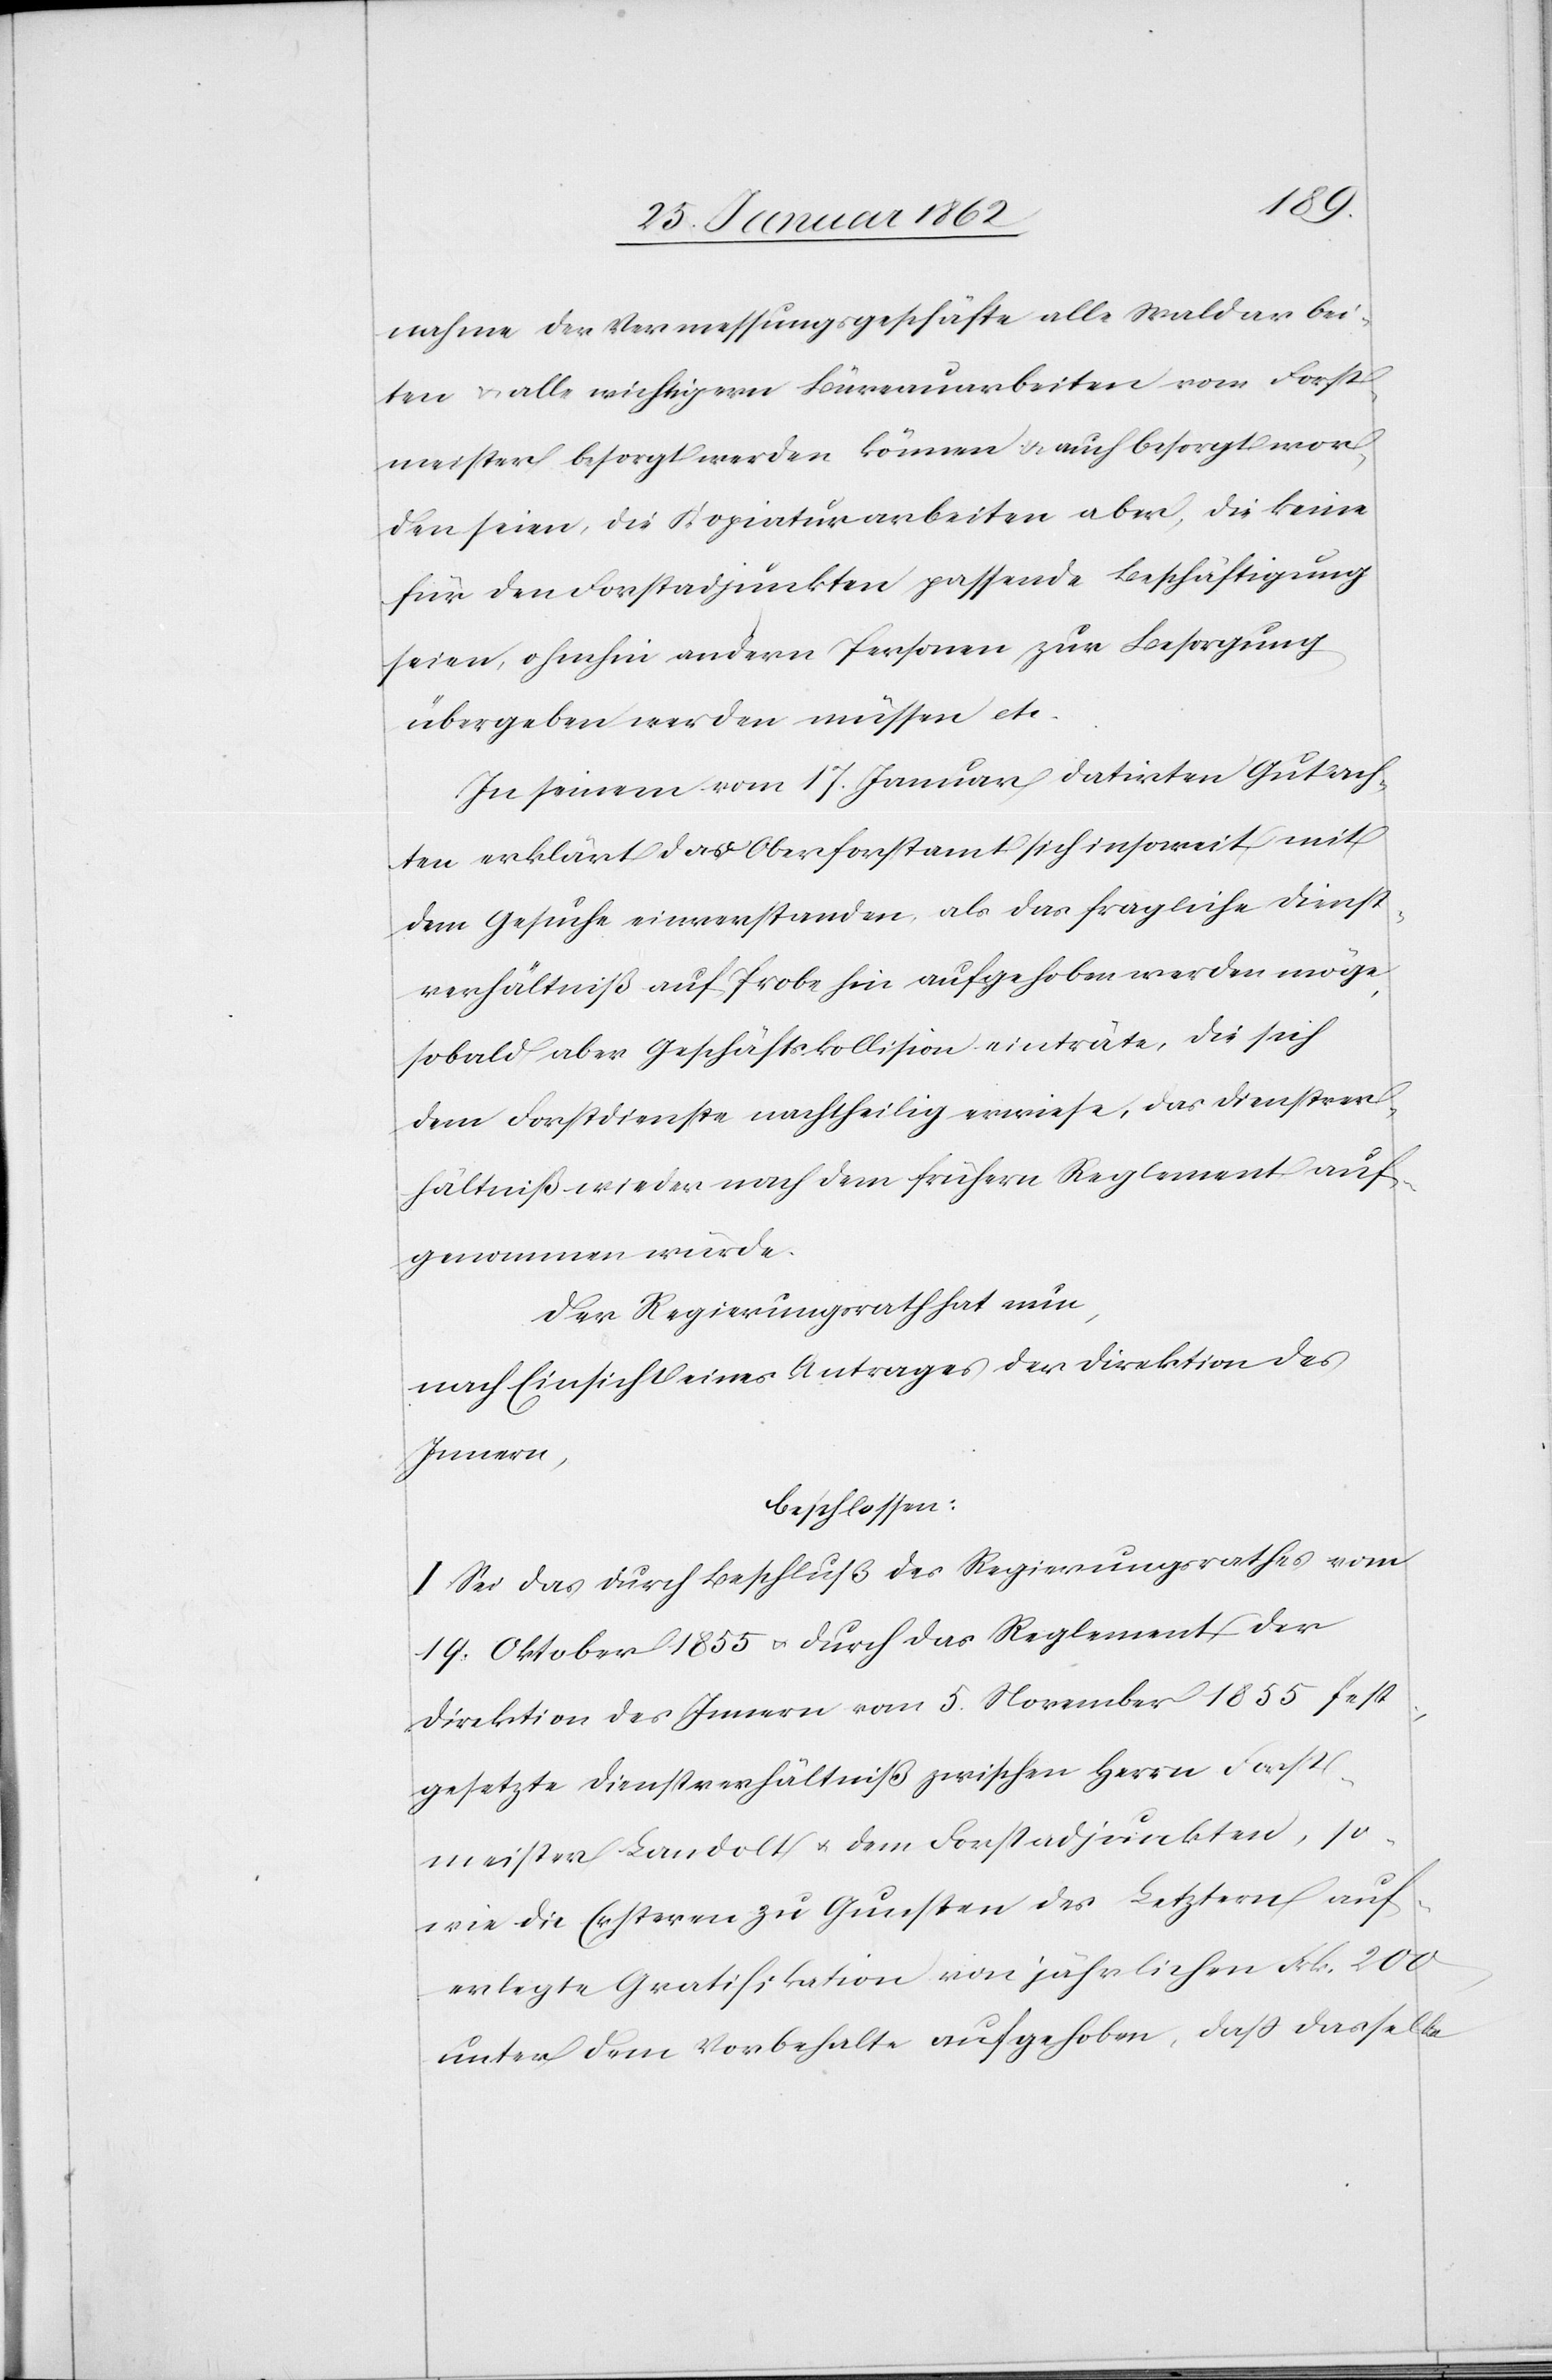
nahme der Vermessungsgeschäfte alle Waldarbei¬
ten u. alle wichtigern Büreauarbeiten vom Forst¬
meister besorgt werden können u. auch besorgt wor¬
den seien, die Kopiaturarbeiten aber, die keine
für den Forstadjunkten passende Beschäftigung
seien, ohnehin andern Personen zur Besorgung
übergeben werden müssen etc.
In seinem vom 17. Januar datirten Gutach¬
ten erklärt das Oberforstamt sich insoweit mit
dem Gesuche einverstanden, als das fragliche Dienst¬
verhältniß auf Probe hin aufgehoben werden möge,
sobald aber Geschäftskollision einträte, die sich
dem Forstdienste nachtheilig erwiese, das Dienstver¬
hältniß wieder nach dem frühern Reglement auf¬
genommen würde.
Der Regierungsrath nun,
nach Einsicht eines Antrages der Direktion des
Innern,
beschlossen:
I. Sei das durch Beschluß des Regierungsrathes vom
19. Oktober 1855 u. durch das Reglement der
Direktion des Innern vom 5. November 1855 fest¬
gesetzte Dienstverhältniß zwischen Herrn Forst¬
meister Landolt u. dem Forstadjunkten, so¬
wie die Ersteren zu Gunsten des Letztern auf¬
erlegte Gratifikation von jährlichen Frk. 200
unter dem Vorbehalte aufgehoben, daß dasselbe